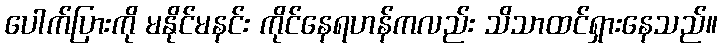
ပေါက်ပြားကို မနိုင်မနင်း ကိုင်နေရဟန်ကလည်း သိသာထင်ရှားနေသည်။